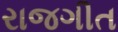
રાજગીત